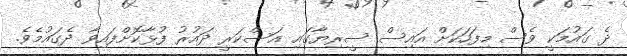
ދެ ގައުމަކީ ވެސް މިފަހަކަށް އައިސް ސީރިޔާގައި އަސްކަރީ ދައުރު ފުޅާކޮށްފައިވާ ދެގައުމެވެ.